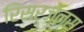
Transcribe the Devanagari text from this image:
रिसर्जेन्स